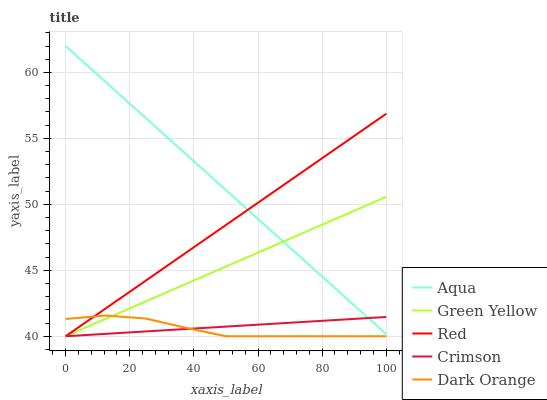
| xaxis_label | Aqua | Green Yellow | Red | Crimson | Dark Orange |
 | --- | --- | --- | --- | --- | --- |
 | 0 | 62 | 40 | 40 | 40 | 41.3 |
 | 12.5 | 59.3 | 41.3 | 42.1 | 40.2 | 41.6 |
 | 25 | 56.5 | 42.6 | 44.2 | 40.4 | 41.3 |
 | 37.5 | 53.8 | 44 | 46.3 | 40.5 | 40.6 |
 | 50 | 51.1 | 45.3 | 48.4 | 40.7 | 40 |
 | 62.5 | 48.3 | 46.6 | 50.5 | 40.9 | 40 |
 | 75 | 45.6 | 47.9 | 52.7 | 41.1 | 40 |
 | 87.5 | 42.9 | 49.2 | 54.8 | 41.3 | 40 |
 | 100 | 40.2 | 50.6 | 56.9 | 41.5 | 40 |